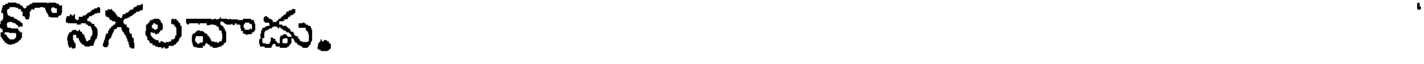
కొనగలవాడు.